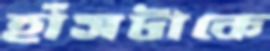
হাঁসটাকে